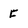
Character: f